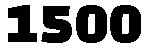
1500